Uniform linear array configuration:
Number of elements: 64
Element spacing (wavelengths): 0.75
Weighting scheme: cosine
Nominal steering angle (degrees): -60
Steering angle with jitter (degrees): -60.611
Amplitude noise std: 0.05
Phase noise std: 0.05

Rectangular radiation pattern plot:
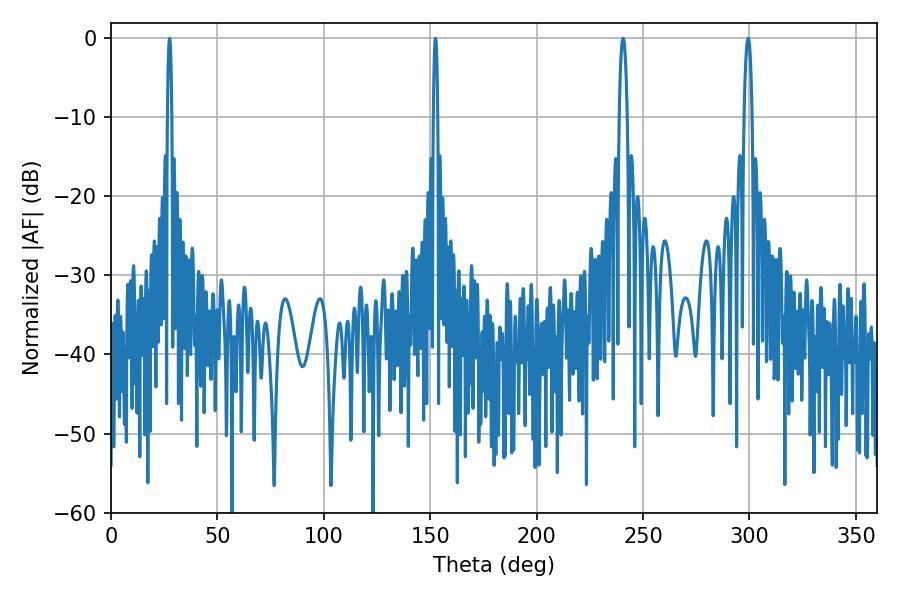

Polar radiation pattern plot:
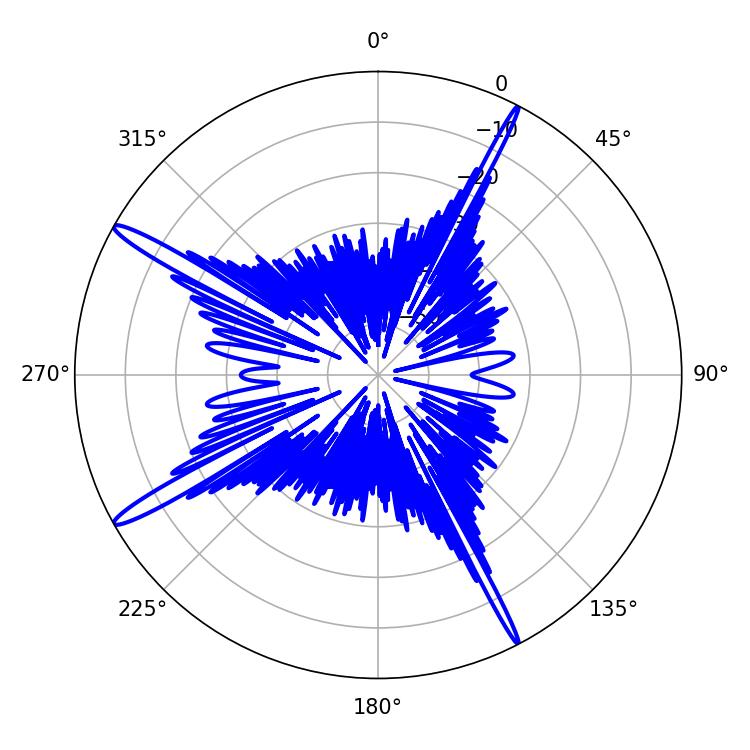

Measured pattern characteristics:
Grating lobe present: TRUE
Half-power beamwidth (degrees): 1.08
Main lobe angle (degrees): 152.46